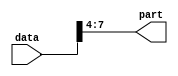
module part_select_example (
    input [7:0] data,
    output reg [3:0] part
);

always @* begin
    // Assign bits 4 to 7 of 'data' to 'part'
    part = data[7:4];
end

endmodule